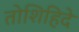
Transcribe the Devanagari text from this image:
तोशिहिदे